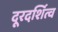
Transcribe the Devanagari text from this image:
दूरदर्शित्व